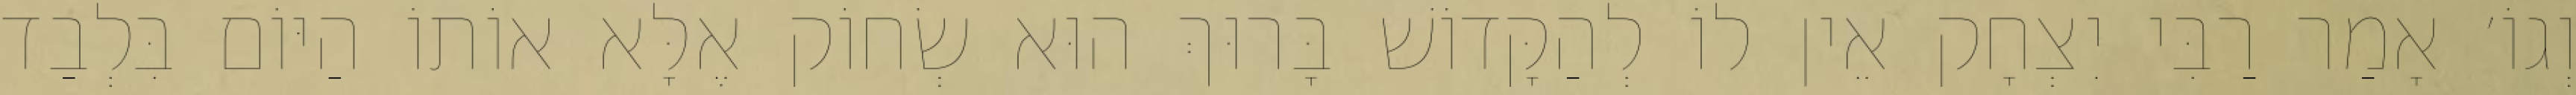
וְגוֹ׳ אָמַר רַבִּי יִצְחָק אֵין לוֹ לְהַקָּדוֹשׁ בָּרוּךְ הוּא שְׂחוֹק אֶלָּא אוֹתוֹ הַיּוֹם בִּלְבַד